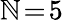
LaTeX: \mathbb{N}\! =\! 5